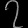
Digit: ၇